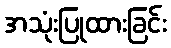
အသုံးပြုထားခြင်း